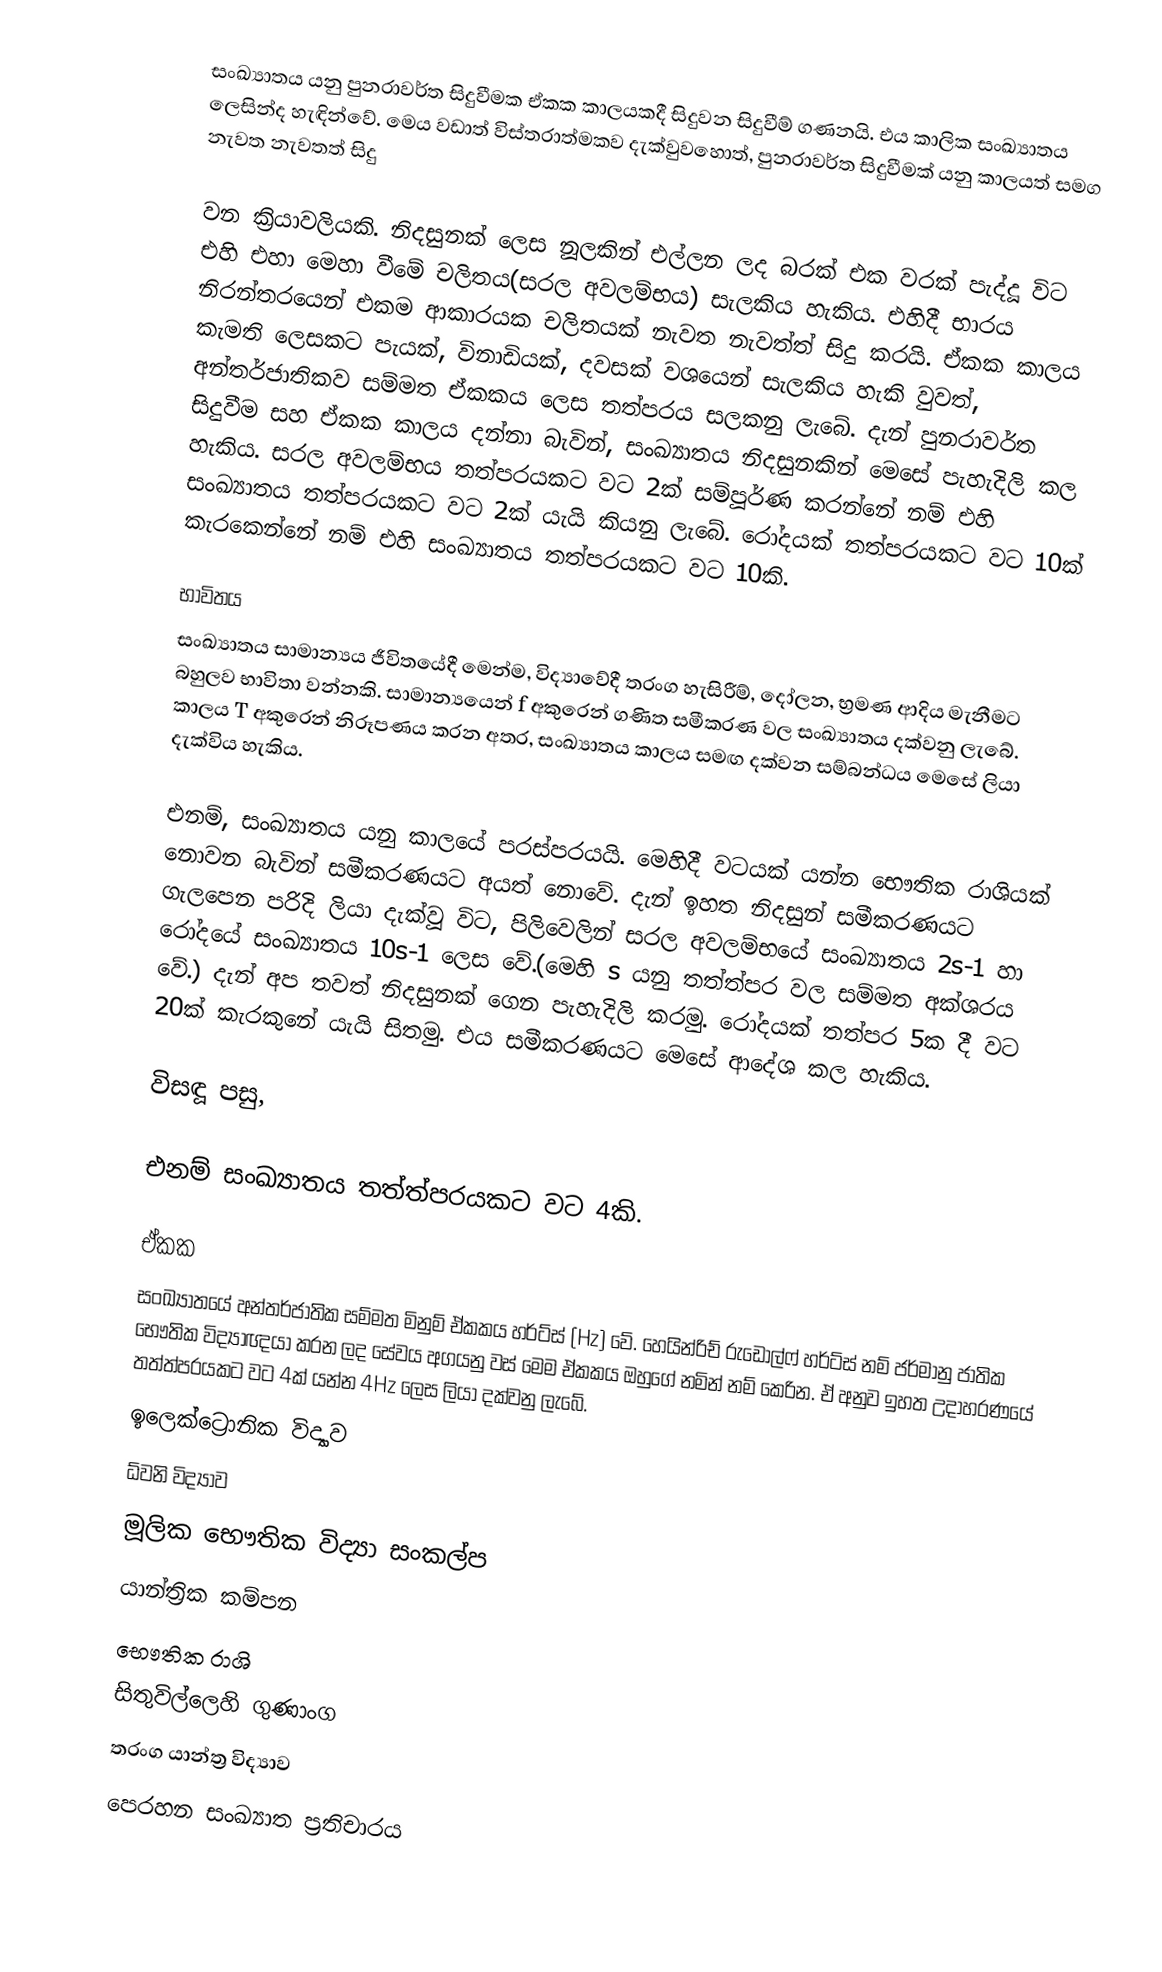
සංඛ්‍යාතය යනු පුනරාවර්ත සිදුවීමක ඒකක  කාලයකදී සිදුවන සිදුවීම් ගණනයි. එය කාලික සංඛ්‍යාතය ලෙසින්ද හැඳින්වේ. මෙය වඩාත් විස්තරාත්මකව දැක්වුවහොත්, පුනරාවර්ත සිදුවීමක් යනු කාලයත් සමග නැවත නැවතත් සිදු

වන ක්‍රියාවලියකි. නිදසුනක් ලෙස නූලකින් එල්ලන ලද බරක් එක වරක් පැද්දූ විට එහි එහා මෙහා වීමේ චලිතය(සරල අවලම්භය) සැලකිය හැකිය. එහිදී භාරය නිරන්තරයෙන් එකම ආකාරයක චලිතයක් නැවත නැවත්ත් සිදු කරයි. ඒකක කාලය කැමති ලෙසකට පැයක්, විනාඩියක්, දවසක් වශයෙන් සැලකිය හැකි වුවත්, අන්තර්ජාතිකව සම්මත ඒකකය ලෙස තත්පරය සලකනු ලැබේ. දැන් පුනරාවර්ත සිදුවීම සහ ඒකක කාලය දන්නා බැවින්, සංඛ්‍යාතය නිදසුනකින් මෙසේ පැහැදිලි කල හැකිය. සරල අවලම්භය තත්පරයකට වට 2ක් සම්පූර්ණ කරන්නේ නම් එහි සංඛ්‍යාතය තත්පරයකට වට 2ක්  යැයි කියනු ලැබේ. රෝදයක් තත්පරයකට වට 10ක් කැරකෙන්නේ නම් එහි සංඛ්‍යාතය තත්පරයකට වට 10කි.

භාවිතය
සංඛ්‍යාතය සාමාන්‍යය ජීවිතයේදී මෙන්ම, විද්‍යාවේදී තරංග හැසිරීම්, දෝලන, භ්‍රමණ ආදිය මැනීමට බහුලව භාවිතා වන්නකි. සාමාන්‍යයෙන්  f  අකුරෙන් ගණිත සමීකරණ වල සංඛ්‍යාතය දක්වනු ලැබේ. කාලය T අකුරෙන් නිරූපණය කරන අතර, සංඛ්‍යාතය කාලය සමඟ දක්වන සම්බන්ධය මෙසේ ලියා දැක්විය හැකිය.

එනම්, සංඛ්‍යාතය යනු කාලයේ පරස්පරයයි. මෙහිදී වටයක් යන්න භෞතික රාශියක් නොවන බැවින් සමීකරණයට අයත් නොවේ. දැන් ඉහත නිදසුන් සමීකරණයට ගැලපෙන පරිදි ලියා දැක්වූ විට, පිලිවෙලින් සරල අවලම්භයේ සංඛ්‍යාතය 2s-1 හා රෝදයේ සංඛ්‍යාතය 10s-1 ලෙස වේ.(මෙහි s යනු තත්ත්පර වල සම්මත අක්ශරය වේ.) දැන් අප තවත් නිදසුනක් ගෙන පැහැදිලි කරමු. රෝදයක් තත්පර 5ක දී වට 20ක් කැරකුනේ යැයි සිතමු. එය සමීකරණයට මෙසේ ආදේශ කල හැකිය.

විසඳූ පසු,

එනම් සංඛ්‍යාතය තත්ත්පරයකට වට 4කි.

ඒකක
සංඛ්‍යාතයේ අන්තර්ජාතික සම්මත මිනුම් ඒකකය හර්ට්ස් (Hz) වේ. හෙයින්රිච් රුඩොල්ෆ් හර්ට්ස් නම් ජර්මානු ජාතික භෞතික විද්‍යාඥයා කරන ලද සේවය අගයනු වස් මෙම ඒකකය ඔහුගේ නමින් නම් කෙරින. ඒ අනුව ඉහත උදාහරණයේ තත්ත්පරයකට වට 4ක් යන්න 4Hz ලෙස ලියා දක්වනු ලැබේ.
ඉලෙක්ට්‍රොනික විද්‍යාව
ධ්වනි විද්‍යාව
මූලික භෞතික විද්‍යා සංකල්ප
යාන්ත්‍රික කම්පන
භෞතික රාශි
සිතුවිල්ලෙහි ගුණාංග
තරංග යාන්ත්‍ර විද්‍යාව
පෙරහන සංඛ්‍යාත ප්‍රතිචාරය